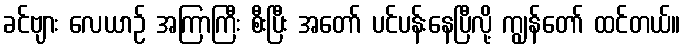
ခင်ဗျား လေယာဉ် အကြာကြီး စီးပြီး အတော် ပင်ပန်းနေပြီလို့ ကျွန်တော် ထင်တယ်။